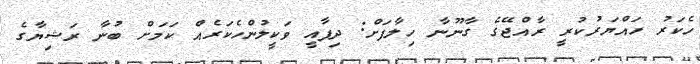
ހެކަރު ހައްޔަރުކުރީ ރާއްޖޭގެ ގާނޫނާ ހިލާފަށް: ދިފާއީ ވަކީލުންހެކަރެއް ކަމަށް ބުނާ ރަޝިޔާގެ